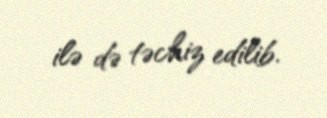
ilə də təchiz edilib.